Riigikantselei, lk 66
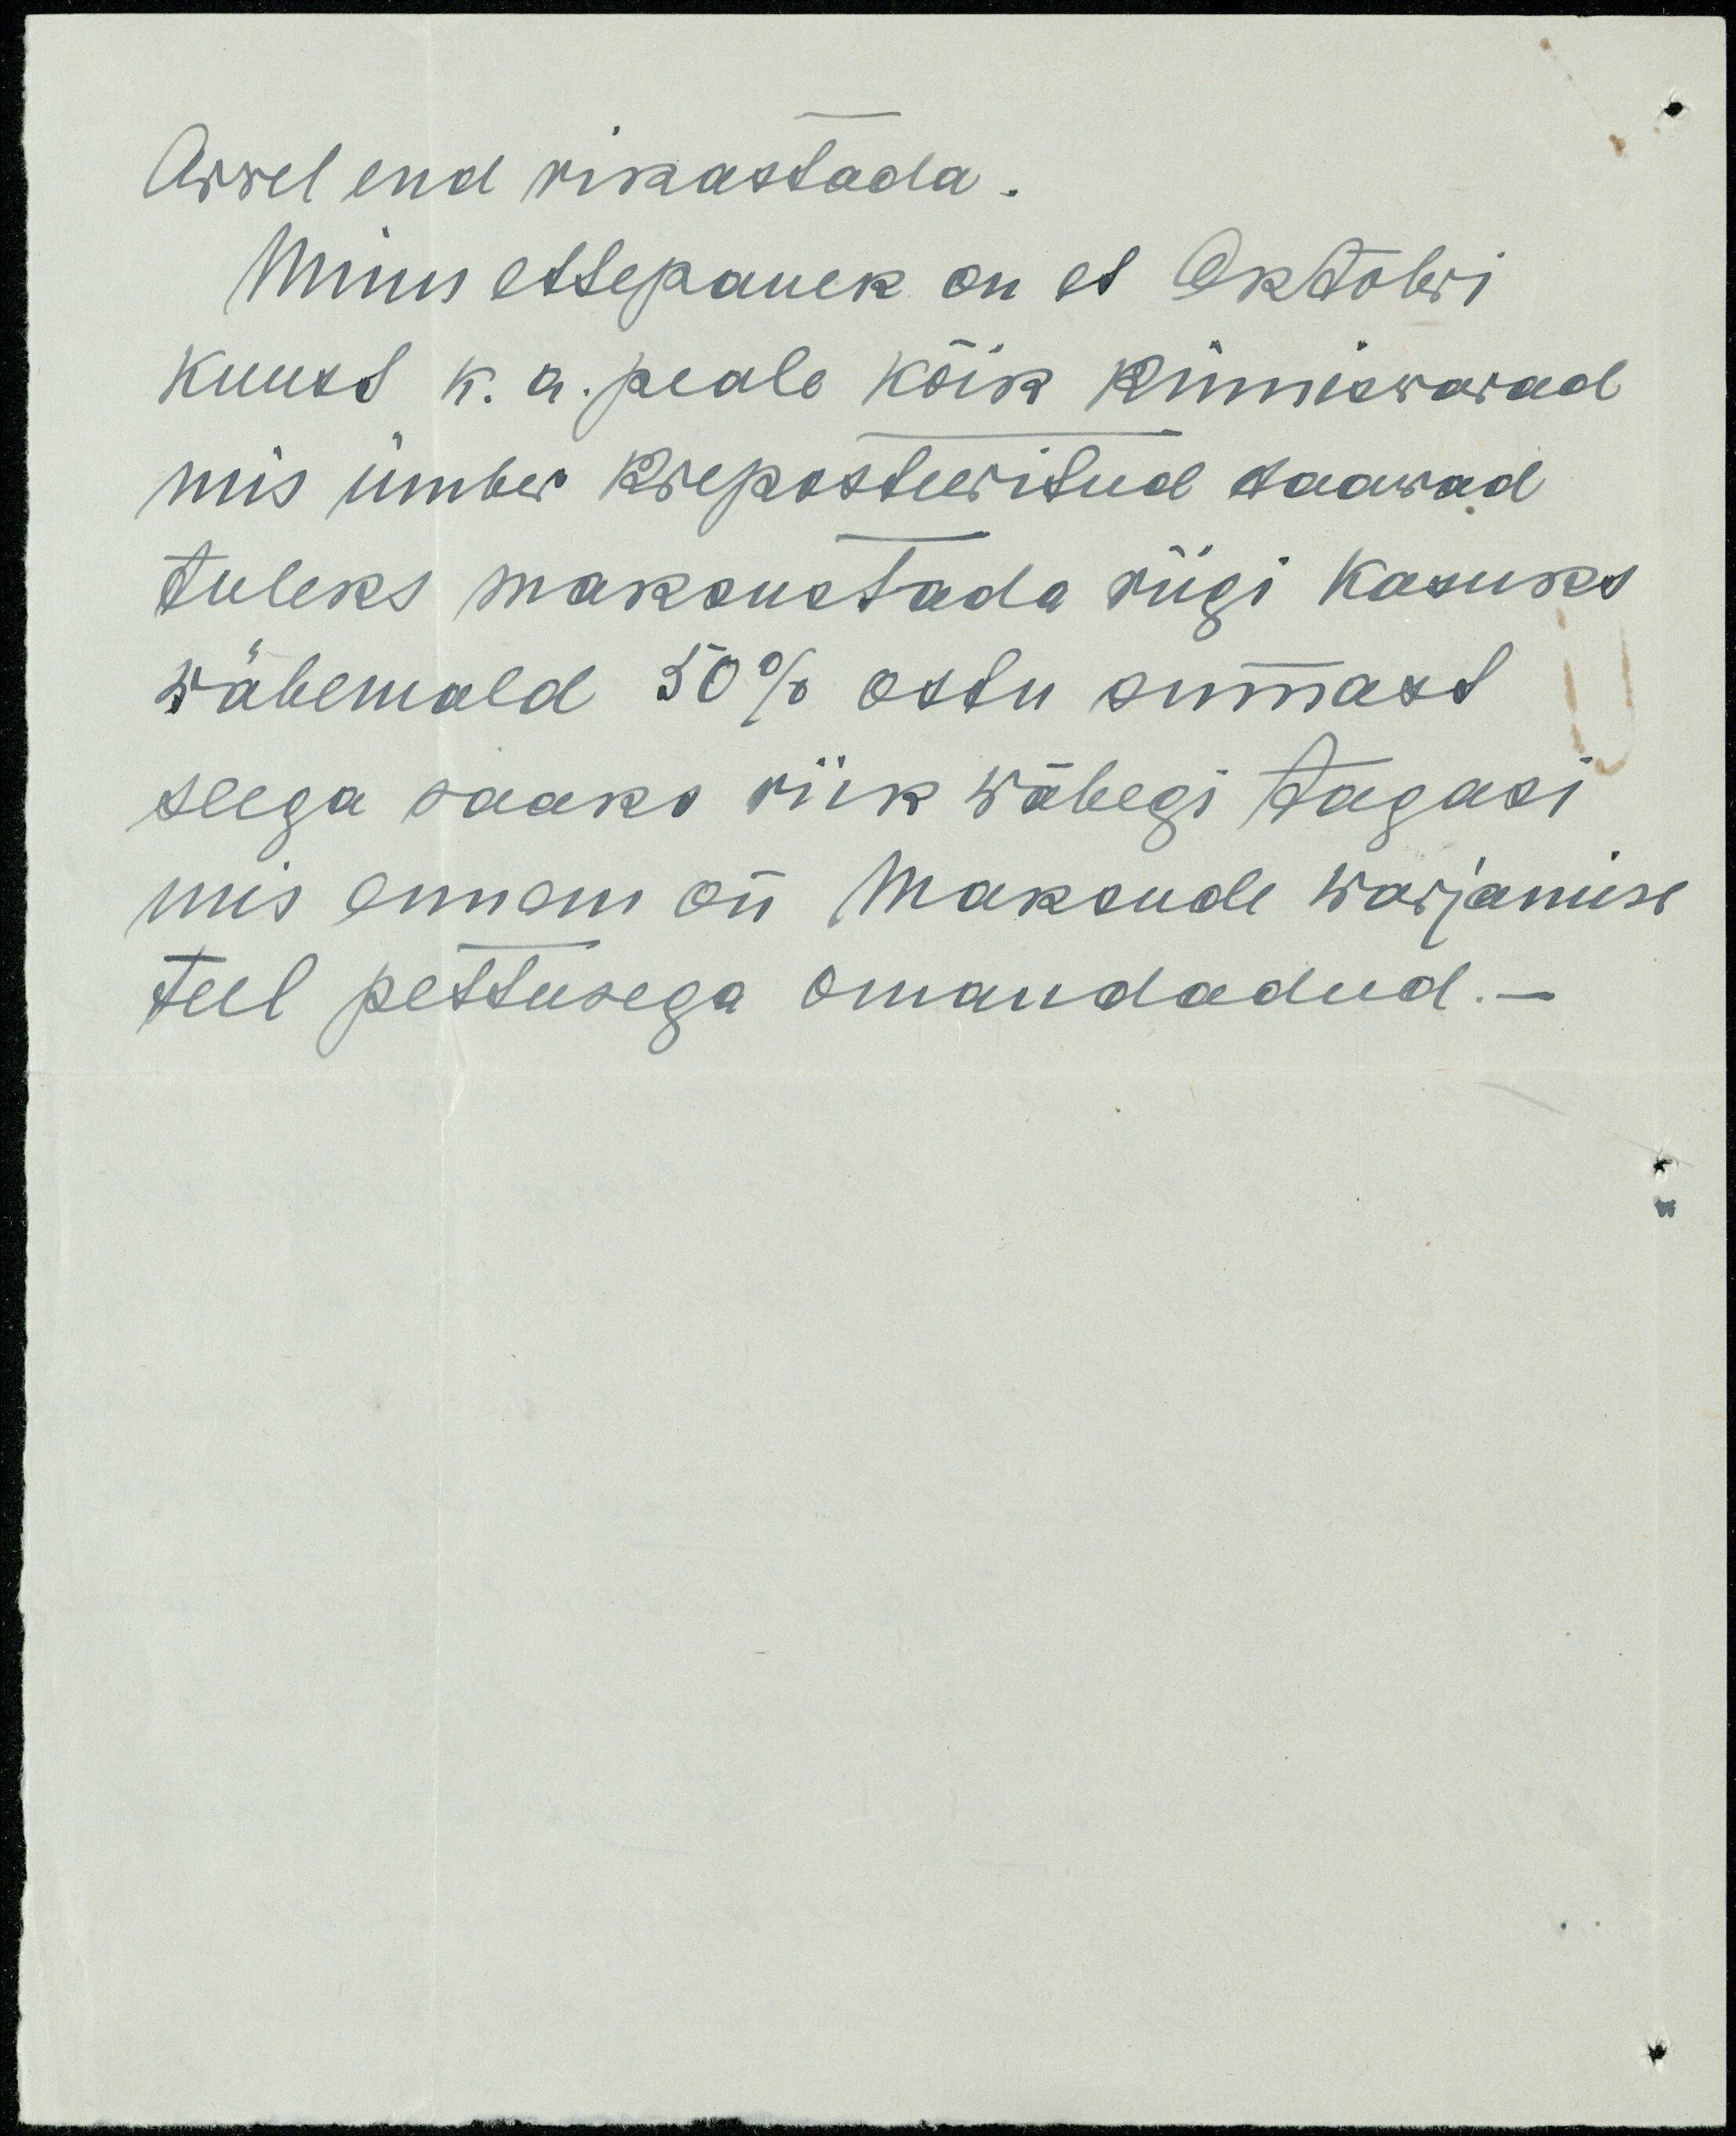
Arwel end rikastada.
Minu ettepanek on et Oktobri
kuust k. a. peale kõik kinniswarad
mis ümber kreposteeritud saawad
tuleks maksustada riigi kasuks
wähemald 50% ostu summast
seega saaks riik wähegi tagasi
mis ennem on maksude warjamise
teel pettusega omandadud.